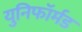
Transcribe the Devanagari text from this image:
युनिफॉर्मड